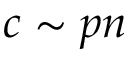
c \sim p n